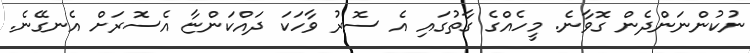
ނުކުންނަންދެން ގޮވާނެ. މީހެއްގެ ގާތުގައި އެ ސޮރު ވާހަކަ ދައްކަންޏާ އެސޮރަށް އެނގޭނެ.